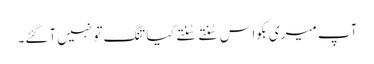
آپ میری بکواس سُنتے سُنتے کیا تنگ تو نہیں آگئے۔